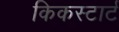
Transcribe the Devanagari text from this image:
किकस्टार्ट